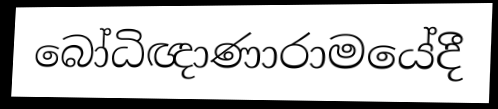
බෝධිඥාණාරාමයේදී